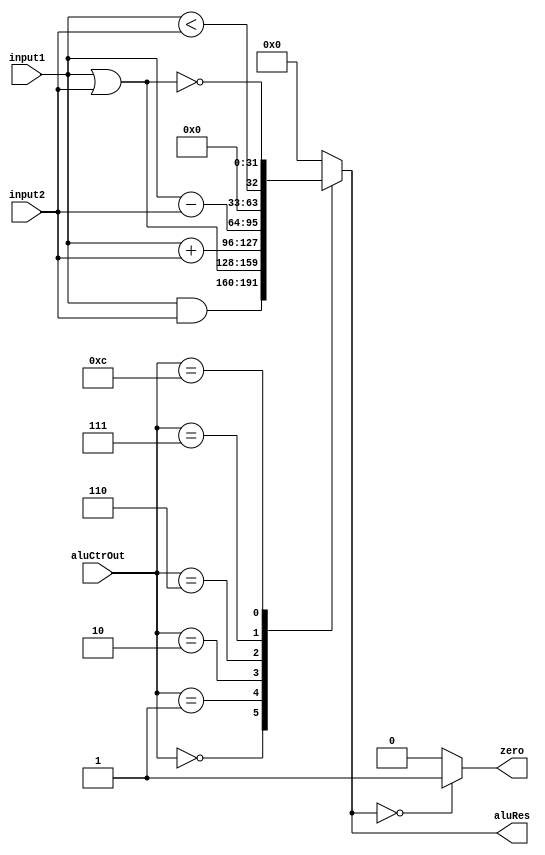
`timescale 1ns / 1ps
//////////////////////////////////////////////////////////////////////////////////
// Company: 
// Engineer: 
// 
// Design Name: 
// Module Name: ALU
// Project Name: 
// Target Devices: 
// Tool Versions: 
// Description: 
// 
// Dependencies: 
// 
// Revision:
// Revision 0.01 - File Created
// Additional Comments:
// 
//////////////////////////////////////////////////////////////////////////////////


module ALU(input1,input2,aluCtrOut,zero,aluRes);
    input [31 : 0] input1;
    input [31 : 0] input2;
    input [3 : 0] aluCtrOut;
    output zero;
    output [31 : 0] aluRes;
    reg Zero;
    reg [31 : 0] ALURes;
    
    always @ (input1 or input2 or aluCtrOut)
    begin
        case (aluCtrOut)
            4'b0000:    // and
                ALURes = input1 & input2;
            4'b0001:    // or
                ALURes = input1 | input2;
            4'b0010:    // add
                ALURes = input1 + input2;
            4'b0110:    // sub
                ALURes = input1 - input2;
            4'b0111:    // set on less than
                ALURes = ($signed(input1) < $signed(input2));
            4'b1100:    // nor
                ALURes = ~(input1 | input2);
            default:
                ALURes = 0;
        endcase
        if (ALURes == 0)
            Zero = 1;
        else 
            Zero = 0;
    end
    
    assign zero = Zero;
    assign aluRes = ALURes;
endmodule